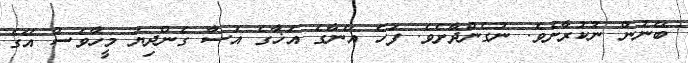
ބޭނުން ނުކުރާށެވެ. ނުގެންދާށެވެ. ފަހެ އޭނާގެ އަޚާގެ އަސާ ގެންދިޔަ މީހާވެސް އޭގެ